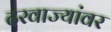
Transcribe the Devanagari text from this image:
दरवाज्यांवर